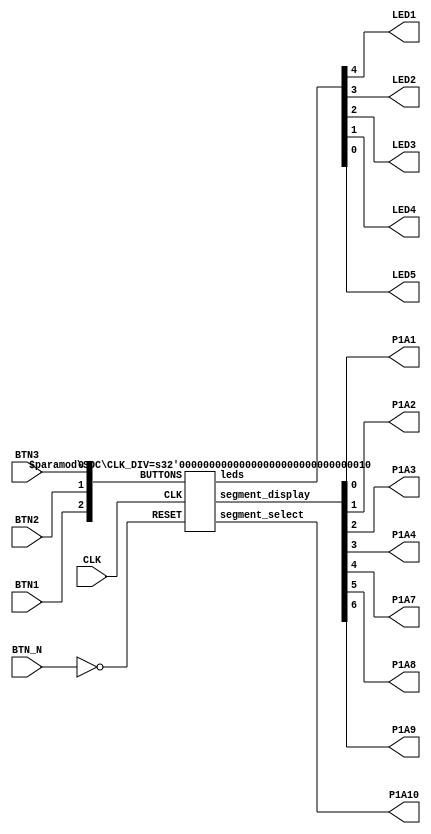
module top (
    input CLK,
    input BTN_N,
    input BTN1,
    input BTN2,
    input BTN3,
    output LED1,
    output LED2,
    output LED3,
    output LED4,
    output LED5,
    output P1A1,
    output P1A2,
    output P1A3,
    output P1A4,
    output P1A7,
    output P1A8,
    output P1A9,
    output P1A10
  );
  SOC #(.CLK_DIV(2))SoC(
        .CLK(CLK),
        .RESET(!BTN_N),
        .BUTTONS({BTN1, BTN2, BTN3}),
        .leds({LED1, LED2, LED3, LED4, LED5}),
        .segment_select(P1A10),
        .segment_display({P1A9, P1A8, P1A7, P1A4, P1A3, P1A2, P1A1})
      );
endmodule

module SOC (
    input CLK,
    input RESET,
    input [0:2] BUTTONS,
    output reg [0:4] leds,
    output segment_select,
    output [6:0] segment_display
  );

  parameter CLK_DIV = 2;

  initial
  begin
    leds = 5'b0;
  end

  // Main internal clock divider
  wire clk;

  Clockworks #(
               .SLOW(CLK_DIV)
             )CLOCK(
               .CLK(CLK),
               .clk(clk)
             );
  // Segment display
  reg [7:0] segment_number;

  initial
  begin
    segment_number = 8'b0;
  end

  SegmentDisplay SEGDISP(
                   .CLK(clk),
                   .NUMBER(segment_number),
                   .digit_sel(segment_select),
                   .seg_pins_n(segment_display)
                 );

  wire [31:0] mem_addr;
  wire [31:0] mem_rdata;
  wire [31:0] mem_wdata;
  wire [4:0] mem_wmask;

  localparam io_start_addr = 'h400000;

  wire isIO = mem_addr[22];
  wire isRAM = !isIO;

  // Input device mapping - BUTTONS - IO_ADDR + 16
  wire [31:0] io_rdata = mem_addr[4] ? {29'b0, BUTTONS[2], BUTTONS[1], BUTTONS[0]} : 32'b0;

  wire [31:0] ram_mem_addr = isRAM ? mem_addr : 32'b0;
  wire [4:0] ram_mem_wmask = isRAM ? mem_wmask : 32'b0;
  wire [31:0] cpu_mem_rdata = isRAM ? mem_rdata : io_rdata;

  CPU RISCV32I(
        .CLK(clk),
        .RESET(RESET),
        .MEM_RDATA(cpu_mem_rdata),
        .mem_addr(mem_addr),
        .mem_wdata(mem_wdata),
        .mem_wmask(mem_wmask)
      );

  Memory #(
           .MEMORY_SIZE_KB(8)
         )RAM(
           .CLK(clk),
           .ADDR(ram_mem_addr),
           .WDATA(mem_wdata),
           .WMASK(ram_mem_wmask),
           .rdata(mem_rdata)
         );

  always @(posedge clk)
  begin
    // Output device mappings
    if (isIO & mem_wmask[0])
    begin
      case (mem_addr[3:2])
        2'b01: // LED - IO_ADDR + 4
          leds <= {mem_wdata[4], mem_wdata[3], mem_wdata[2], mem_wdata[1], mem_wdata[0]};
        2'b10: // SEGDISPLAY - IO_ADDR + 8
          segment_number <= mem_wdata[7:0];
      endcase
    end
  end
endmodule

module SegmentDisplay (
    input CLK,
    input [7:0] NUMBER,
    output reg digit_sel,
    output reg [6:0] seg_pins_n
  );

  wire [6:0] tens;
  wire [6:0] ones;

  initial
  begin
    digit_sel = 1'b0;
  end

  wire [3:0] digit = digit_sel ? NUMBER[3:0] : NUMBER[7:4];
  wire [6:0] segments = digit_sel? ones : tens;

  SevenSeg SegTens(
             .CLK(CLK),
             .DIGIT(digit),
             .segments(tens)
           );

  SevenSeg SegOnes(
             .CLK(CLK),
             .DIGIT(digit),
             .segments(ones)
           );

  always @(posedge CLK)
  begin
    seg_pins_n <= ~segments;
    digit_sel <= !digit_sel;
  end
endmodule

module SevenSeg(
    input CLK,
    input [3:0] DIGIT,
    output reg [6:0] segments
  );
  initial
  begin
    segments = 7'b0111111;
  end

  always @(posedge CLK)
  begin
    case (DIGIT)
      0:
        segments <= 7'b0111111;
      1:
        segments <= 7'b0000110;
      2:
        segments <= 7'b1011011;
      3:
        segments <= 7'b1001111;
      4:
        segments <= 7'b1100110;
      5:
        segments <= 7'b1101101;
      6:
        segments <= 7'b1111101;
      7:
        segments <= 7'b0000111;
      8:
        segments <= 7'b1111111;
      9:
        segments <= 7'b1101111;
      4'hA:
        segments <= 7'b1110111;
      4'hB:
        segments <= 7'b1111100;
      4'hC:
        segments <= 7'b0111001;
      4'hD:
        segments <= 7'b1011110;
      4'hE:
        segments <= 7'b1111001;
      4'hF:
        segments <= 7'b1110001;
    endcase
  end
endmodule

module Clockworks (
    input CLK,
    output clk
  );

  parameter SLOW = 0;
  reg [SLOW:0] slow_CLK = 0;

  always @(posedge CLK)
  begin
    slow_CLK <= slow_CLK + 1;
  end

  assign clk = slow_CLK[SLOW];
endmodule

module Memory (
    input CLK,
    input [31:0] ADDR,
    input [31:0] WDATA,
    input [4:0] WMASK,
    output reg [31:0] rdata
  );

  parameter MEMORY_SIZE_KB = 4;

  // Memory
  reg [31:0] MEM [0:((MEMORY_SIZE_KB * 1024 / 4) - 1)];

  wire [29:0] word_addr = ADDR[31:2];

  initial
  begin
    //  0000000000000000 :
    //     0:	00400237          	lui	tp,0x400
    //     4:	00000193          	li	gp,0

    //  0000000000000008 :
    //     8:	01022283          	lw	t0,16(tp) # 400010
    //     c:	0c028093          	addi	ra,t0,192
    //    10:	00122223          	sw	ra,4(tp) # 4
    //    14:	00122423          	sw	ra,8(tp) # 8
    //    18:	ff1ff06f          	j	8

    MEM[0] = 'h00400237;
    MEM[1] = 'h00000193;
    MEM[2] = 'h01022283;
    MEM[3] = 'h0c028093;
    MEM[4] = 'h00122223;
    MEM[5] = 'h00122423;
    MEM[6] = 'hff1ff06f;
  end

  always @(posedge CLK)
  begin
    if (WMASK[0])
    begin
      case (WMASK)
        5'b00111:
          MEM[word_addr + 24] <= WDATA[7:0];
        5'b01111:
          MEM[word_addr + 16] <= WDATA[15:0];
        5'b11111:
          MEM[word_addr] <= WDATA;
      endcase
    end

    rdata <= MEM[word_addr];
  end
endmodule

module CPU (
    input CLK,
    input RESET,
    input [31:0] MEM_RDATA,
    output [31:0] mem_addr,
    output [31:0] mem_wdata,
    output reg [4:0] mem_wmask
  );

  // CPU state
  reg [31:0] registers [0:31];
  reg [31:0] rs1;
  reg [31:0] rs2;
  reg [31:0] instr;
  reg [31:0] PC = 0;

  initial
  begin
    mem_wmask = 5'b0;
    registers[0] = 0;
  end

  /*** Decoder ***/

  // Opcodes
  wire [5:0] opcode = instr[6:2];

  wire isALU = (opcode == 5'b01100);
  wire isALUImm = (opcode == 5'b00100);
  wire isLoad = (opcode == 5'b00000);
  wire isStore = (opcode == 5'b01000);
  wire isBranch = (opcode == 5'b11000);
  wire isJAL = (opcode == 5'b11011);
  wire isJALR = (opcode == 5'b11001);
  wire isLUI = (opcode == 5'b01101);
  wire isAUIPC = (opcode == 5'b00101);
  wire isSYSTEM = (opcode == 5'b11100);

  // Function codes
  wire [2:0] funct3 = instr[14:12];
  wire [6:0] funct7 = instr[31:25];

  // Instruction registers
  wire [5:0] rdId = instr[11:7];
  wire [5:0] rs1Id = instr[19:15];
  wire [5:0] rs2Id = instr[24:20];

  // Immediate address mappings
  wire [31:0] Iimm = {{21{instr[31]}}, instr[30:20]};
  wire [31:0] Simm = {{21{instr[31]}}, instr[30:25], instr[11:8], instr[7]};
  wire [31:0] Bimm = {{20{instr[31]}}, instr[7], instr[30:25], instr[11:8], 1'b0};
  wire [31:0] Uimm = {instr[31:12], 12'b0};
  wire [31:0] Jimm = {{12{instr[31]}}, instr[19:12], instr[20], instr[30:25], instr[24:21], 1'b0};

  wire [31:0] rs2ForALU = isALU ? rs2 : Iimm;
  wire [31:0] rs2ShiftForALU = isALU ? rs2 : Iimm[4:0];

  /*** Main state machine ***/

  localparam FETCH_INSTR = 0;
  localparam WAIT_INSTR = 1;
  localparam LOAD_REGS = 2;
  localparam WAIT_DATA = 3;
  localparam EXECUTE = 4;
  localparam WAIT_WRITE = 5;

  reg [2:0] state = FETCH_INSTR;

  assign mem_addr = (state == EXECUTE & isLoad) ? rs1 + Iimm : ((state == WAIT_WRITE) ? rs1 + Simm : PC);
  assign mem_wdata = rs2;

  always @(posedge CLK)
  begin
    if (RESET)
    begin
      PC <= 0;
      state <= FETCH_INSTR;
    end
    else
    begin
      case (state)
        FETCH_INSTR:
        begin
          state <= WAIT_INSTR;
        end
        WAIT_INSTR:
        begin
          instr <= MEM_RDATA;
          state <= LOAD_REGS;
        end
        LOAD_REGS:
        begin
          rs1 <= registers[rs1Id];
          rs2 <= registers[rs2Id];

          if (isLoad)
          begin
            state <= WAIT_DATA;
          end
          else
          begin
            state <= EXECUTE;
          end
        end
        WAIT_DATA:
        begin
          state <= EXECUTE;
        end
        EXECUTE:
        begin
          if (isALU || isALUImm)
          begin
            case (funct3)
              0:
              begin
                registers[rdId] = funct7[5] ? rs1 - rs2ForALU : rs1 + rs2ForALU;
              end
              4:
                registers[rdId] = rs1 ^ rs2ForALU;
              6:
                registers[rdId] = rs1 | rs2ForALU;
              7:
                registers[rdId] = rs1 & rs2ForALU;
              1:
                registers[rdId] = rs1 << rs2ShiftForALU;
              5:
                registers[rdId] = funct7[5] ? $signed(rs1 >> rs2ShiftForALU) : rs1 >> rs2ShiftForALU;
              2:
                registers[rdId] = ($signed(rs1) < $signed(rs2ForALU)) ? 1'b1 : 1'b0;
              3:
                registers[rdId] = (rs1 < rs2ForALU) ? 1'b1: 1'b0;
            endcase

            state <= FETCH_INSTR;
            PC <= PC + 4;
          end
          else if (isLoad)
          begin
            case (funct3)
              0:
                registers[rdId] = $signed(MEM_RDATA[7:0]);

              1:
                registers[rdId] = $signed(MEM_RDATA[15:0]);

              2:
                registers[rdId] = MEM_RDATA;

              4:
                registers[rdId] = MEM_RDATA[7:0];

              5:
                registers[rdId] = MEM_RDATA[15:0];
            endcase

            state <= FETCH_INSTR;
            PC <= PC + 4;
          end
          else if (isStore)
          begin
            case (funct3)
              0:
                mem_wmask <= 3'b111;
              1:
                mem_wmask <= 4'b1111;
              2:
              begin
                mem_wmask <= 5'b11111;
              end
            endcase
            state <= WAIT_WRITE;
          end
          else if (isJAL)
          begin
            registers[rdId] <= PC + 4;
            PC <= PC + Jimm;
            state <= FETCH_INSTR;
          end
          else if (isJALR)
          begin
            registers[rdId] = PC + 4;
            PC <= rs1 + Iimm;
            state <= FETCH_INSTR;
          end
          else if (isLUI)
          begin
            registers[rdId] <= Uimm;
            state <= FETCH_INSTR;
            PC <= PC + 4;
          end
          else if (isAUIPC)
          begin
            registers[rdId] <= PC + Uimm;
            state <= FETCH_INSTR;
            PC <= PC + 4;
          end
          else if (isBranch)
          begin
            case (funct3)
              0:
                PC <= (rs1 == rs2) ? PC <= PC + Bimm : PC;
              1:
                PC <= (rs1 != rs2) ? PC <= PC + Bimm : PC;
              4:
                PC <= ($signed(rs1) < $signed(rs2)) ? PC <= PC + Bimm : PC;
              5:
                PC <= ($signed(rs1) >= $signed(rs2)) ? PC <= PC + Bimm : PC;
              6:
                PC <= (rs1 < rs2) ? PC <= PC + Bimm : PC;
              7:
                PC <= (rs1 >= rs2) ? PC <= PC + Bimm : PC;
            endcase
            state <= FETCH_INSTR;
          end
          else if (isSYSTEM)
          begin
            state <= FETCH_INSTR;
          end
          else
          begin
            state <= FETCH_INSTR;
            PC <= PC + 4;
          end
        end
        WAIT_WRITE:
        begin
          mem_wmask <= 5'b0;
          state <= FETCH_INSTR;
          PC <= PC + 4;
        end
      endcase
    end
  end
endmodule